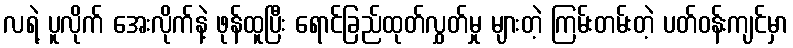
လရဲ့ ပူလိုက် အေးလိုက်နဲ့ ဖုန်ထူပြီး ရောင်ခြည်ထုတ်လွှတ်မှု များတဲ့ ကြမ်းတမ်းတဲ့ ပတ်ဝန်းကျင်မှာ